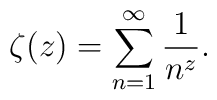
\zeta(z)=\sum_{n=1}^{\infty}\frac{1}{n^z}.